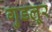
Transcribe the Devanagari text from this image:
गुडलूर